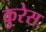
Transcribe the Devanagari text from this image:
कुरेस